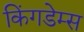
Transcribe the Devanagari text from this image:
किंगडेम्स